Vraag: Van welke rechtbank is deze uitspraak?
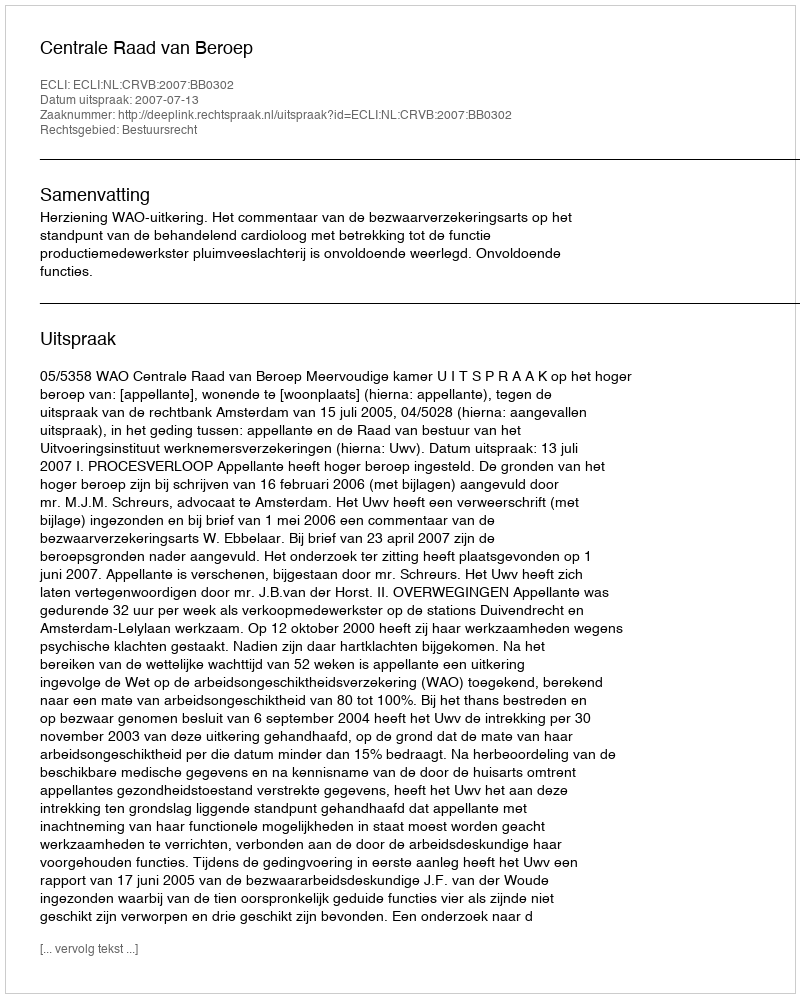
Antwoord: Centrale Raad van Beroep